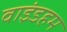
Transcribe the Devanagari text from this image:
वाइंडहम